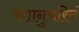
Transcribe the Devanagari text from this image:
वंशानुचरितं